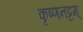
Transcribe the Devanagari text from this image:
कृष्णनट्टम्